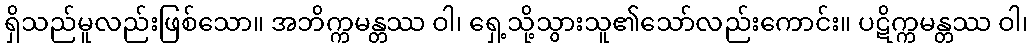
ရှိသည်မူလည်းဖြစ်သော။ အဘိက္ကမန္တဿ ဝါ၊ ရှေ့သို့သွားသူ၏သော်လည်းကောင်း။ ပဋိက္ကမန္တဿ ဝါ၊